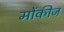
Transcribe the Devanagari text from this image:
मोंकीज